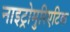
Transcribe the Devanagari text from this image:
नाइट्रोमुरिएटिक